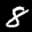
Label: 8